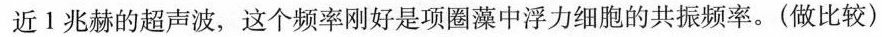
近1兆赫的超声波，这个频率刚好是项圈藻中浮力细胞的共振频率。(做比较)